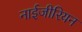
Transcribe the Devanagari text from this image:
नाईजीरियन